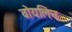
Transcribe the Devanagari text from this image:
वोयलिन